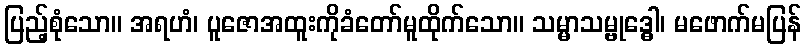
ပြည့်စုံသော။ အရဟံ၊ ပူဇောအထူးကိုခံတော်မူထိုက်သော။ သမ္မာသမ္ဗုဒ္ဓေါ၊ မဖောက်မပြန်